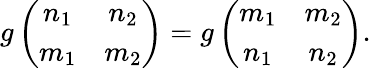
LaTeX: g\left(\begin{array}{cc}{{n_{1}}}&{{n_{2}}}\\ {{m_{1}}}&{{m_{2}}}\end{array}\right)=g\left(\begin{array}{cc}{{m_{1}}}&{{m_{2}}}\\ {{n_{1}}}&{{n_{2}}}\end{array}\right).